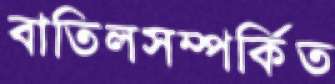
বাতিলসম্পর্কিত